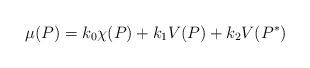
LaTeX: \begin{align*}\mu (P) = k_0 \chi (P) + k_1 V(P) + k_2 V(P^*)\end{align*}